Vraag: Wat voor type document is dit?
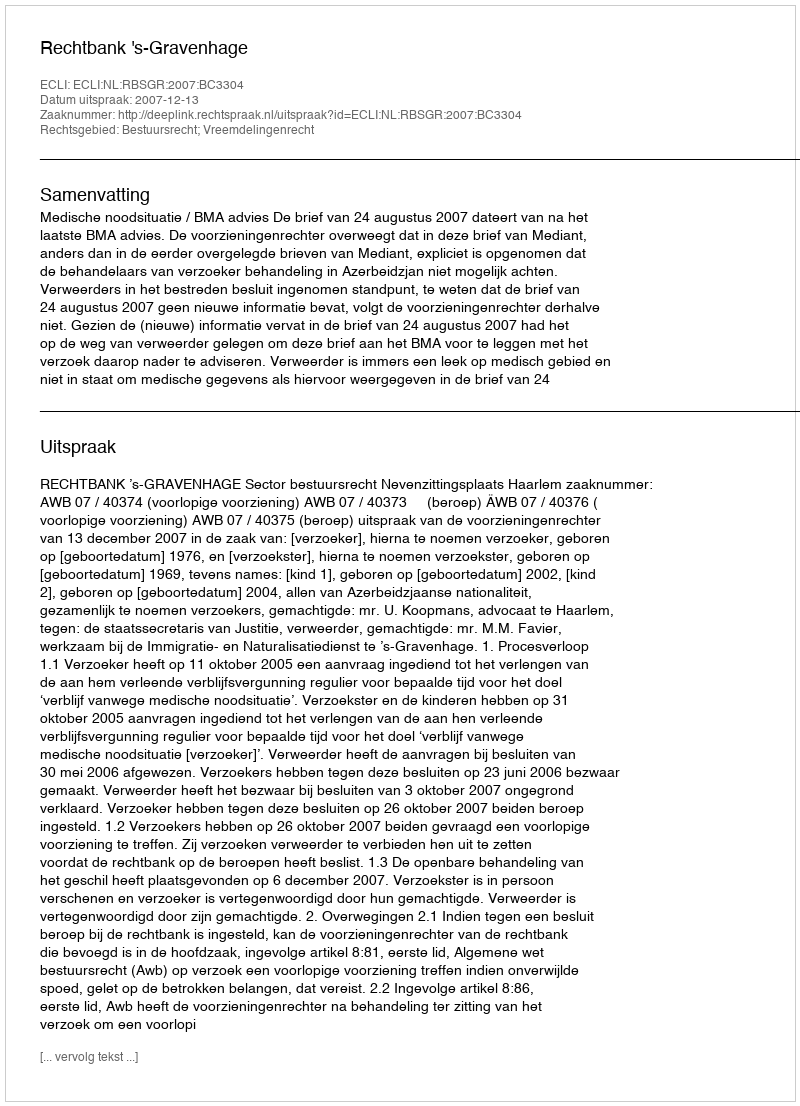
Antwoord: Uitspraak